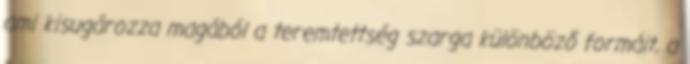
ami kisugározza magából a teremtettség szarga különböző formáit, a